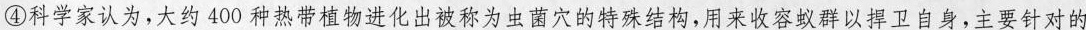
④科学家认为，大约400种热带植物进化出被称为虫菌穴的特殊结构，用来收容蚁群以捍卫自身，主要针对的